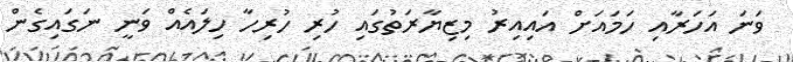
ވަނަ އަހަރާއި ހަމައަށް އައިއިރު މިޒިޔާރަތުގައި ހުރި ހުރިހާ ހިލައެއް ވަނީ ނަގައިގެން